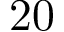
2 0